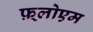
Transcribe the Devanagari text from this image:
फ़्लोएम